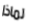
لماذا